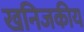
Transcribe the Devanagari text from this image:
खनिजकीय